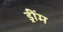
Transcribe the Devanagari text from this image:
ड्रींम